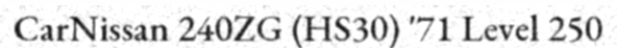
CarNissan 240ZG (HS30) '71 Level 250